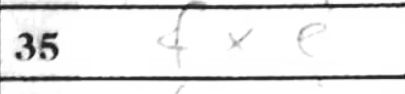
Transcription: fxe